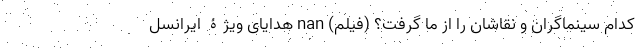
کدام سینماگران و نقاشان را از ما گرفت؟ (فیلم) nan هدایای ویژۀ ایرانسل